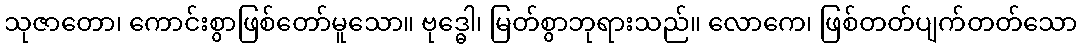
သုဇာတော၊ ကောင်းစွာဖြစ်တော်မူသော။ ဗုဒ္ဓေါ၊ မြတ်စွာဘုရားသည်။ လောကေ၊ ဖြစ်တတ်ပျက်တတ်သော